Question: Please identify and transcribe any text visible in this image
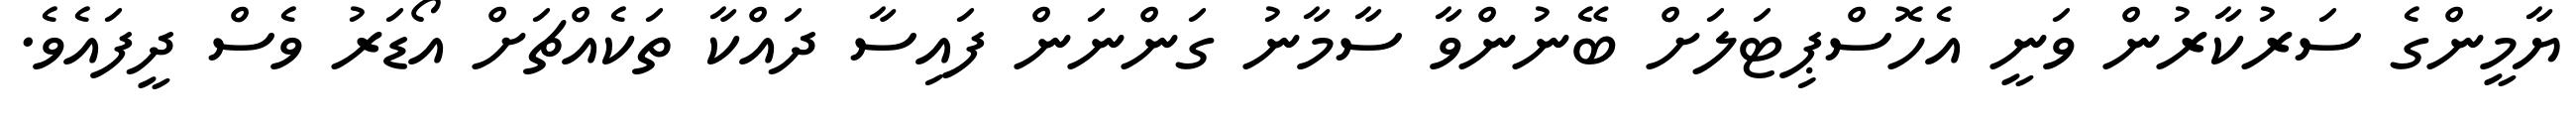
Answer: ޔާމީންގެ ސަރުކާރުން ވަނީ އެހޮސްޕިޓަލަށް ބޭނުންވާ ސާމާނު ގަންނަން ފައިސާ ދައްކާ ތަކެއްޗަށް އޯޑަރު ވެސް ދީފައެވެ.